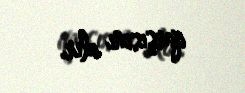
qarşısını alır.